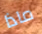
ماذا